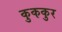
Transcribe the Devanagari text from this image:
कुककुर